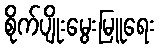
စိုက်ပျိုးမွေးမြူရေး